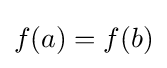
f(a)=f(b)